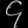
Digit: ၄